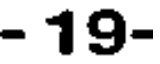
- 19-